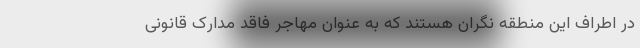
در اطراف این منطقه نگران هستند که به عنوان مهاجر فاقد مدارک قانونی